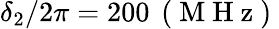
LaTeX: \delta_{2}/2\pi=200\, \mathrm{~(~M~H~z~)~}